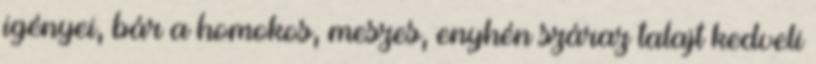
igényei, bár a homokos, meszes, enyhén száraz talajt kedveli